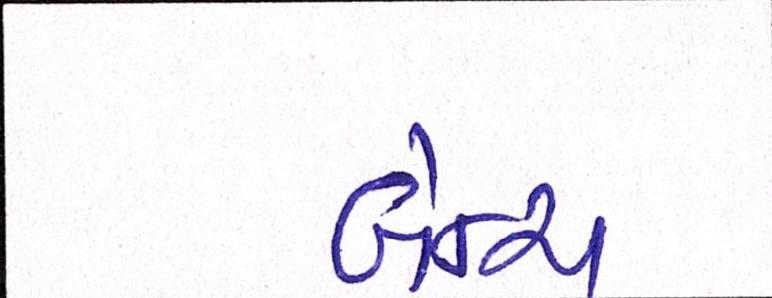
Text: બેન્ચ